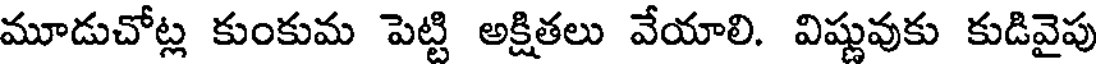
మూడుచోట్ల కుంకుమ పెట్టి అక్షితలు వేయాలి. విష్ణువుకు కుడివైపు